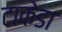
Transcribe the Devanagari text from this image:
टाकेडा